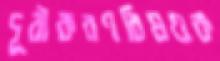
দূরীকরণবিষয়ক